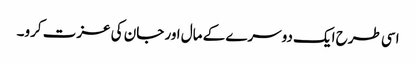
اسی طرح ایک دوسرے کے مال اور جان کی عزت کرو۔